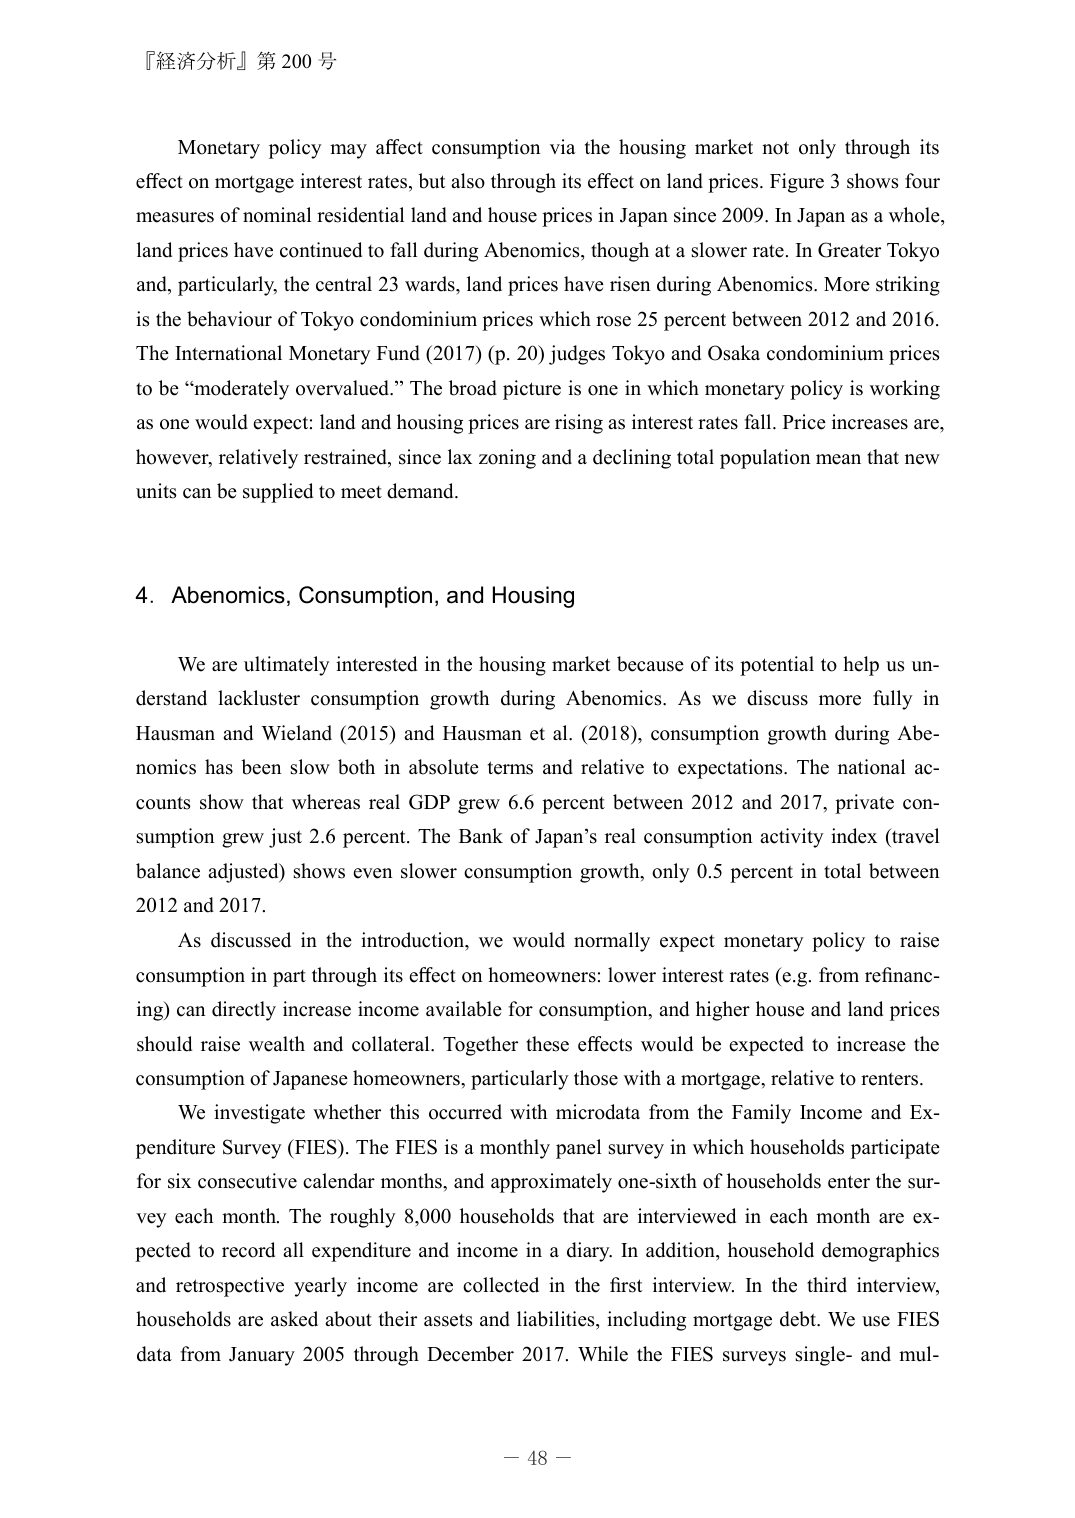
『経済分析』第 200 号

Monetary policy may affect consumption via the housing market not only through its effect on mortgage interest rates, but also through its effect on land prices. Figure 3 shows four measures of nominal residential land and house prices in Japan since 2009. In Japan as a whole, land prices have continued to fall during Abenomics, though at a slower rate. In Greater Tokyo and, particularly, the central 23 wards, land prices have risen during Abenomics. More striking is the behaviour of Tokyo condominium prices which rose 25 percent between 2012 and 2016. The International Monetary Fund (2017) (p. 20) judges Tokyo and Osaka condominium prices to be “moderately overvalued.” The broad picture is one in which monetary policy is working as one would expect: land and housing prices are rising as interest rates fall. Price increases are, however, relatively restrained, since lax zoning and a declining total population mean that new units can be supplied to meet demand.

4. Abenomics, Consumption, and Housing

We are ultimately interested in the housing market because of its potential to help us understand lackluster consumption growth during Abenomics. As we discuss more fully in Hausman and Wieland (2015) and Hausman et al. (2018), consumption growth during Abenomics has been slow both in absolute terms and relative to expectations. The national accounts show that whereas real GDP grew 6.6 percent between 2012 and 2017, private consumption grew just 2.6 percent. The Bank of Japan’s real consumption activity index (travel balance adjusted) shows even slower consumption growth, only 0.5 percent in total between 2012 and 2017.

As discussed in the introduction, we would normally expect monetary policy to raise consumption in part through its effect on homeowners: lower interest rates (e.g. from refinancing) can directly increase income available for consumption, and higher house and land prices should raise wealth and collateral. Together these effects would be expected to increase the consumption of Japanese homeowners, particularly those with a mortgage, relative to renters.

We investigate whether this occurred with microdata from the Family Income and Expenditure Survey (FIES). The FIES is a monthly panel survey in which households participate for six consecutive calendar months, and approximately one-sixth of households enter the survey each month. The roughly 8,000 households that are interviewed in each month are expected to record all expenditure and income in a diary. In addition, household demographics and retrospective yearly income are collected in the first interview. In the third interview, households are asked about their assets and liabilities, including mortgage debt. We use FIES data from January 2005 through December 2017. While the FIES surveys single- and mul-

－ 48 －